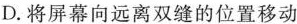
D. 将屏幕向远离双缝的位置移动